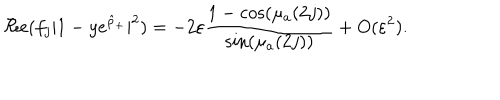
\Re e ( f _ { j } | 1 - y e ^ { \hat { \rho } _ { + } } | ^ { 2 } ) = - 2 \varepsilon \frac { 1 - \cos ( \mu _ { a } ( 2 j ) ) } { \sin ( \mu _ { a } ( 2 j ) ) } + O ( \varepsilon ^ { 2 } ) .